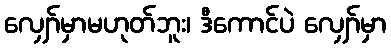
လျှော်မှာမဟုတ်ဘူး၊ ဒီကောင်ပဲ လျှော်မှာ